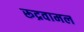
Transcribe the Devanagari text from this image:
रूद्रवामल